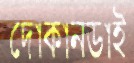
দোকানডাই